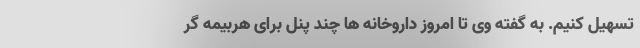
تسهیل کنیم. به گفته وی تا امروز داروخانه ها چند پنل برای هربیمه گر